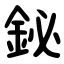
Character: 鉍